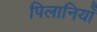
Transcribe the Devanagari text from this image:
पिलानियाँ